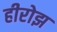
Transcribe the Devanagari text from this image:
हीरोझ